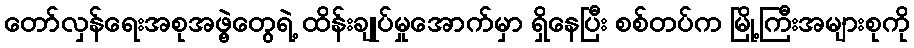
တော်လှန်ရေးအစုအဖွဲ့တွေရဲ့ ထိန်းချုပ်မှုအောက်မှာ ရှိနေပြီး စစ်တပ်က မြို့ကြီးအများစုကို